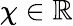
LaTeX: \chi\in\mathbb R